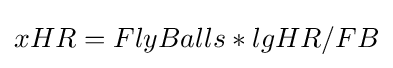
xHR=FlyBalls*lgHR/FB